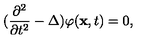
( \frac { \partial ^ { 2 } } { \partial t ^ { 2 } } - \Delta ) \varphi ( \mathrm { \bf x } , t ) = 0 ,